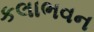
કલાભવન